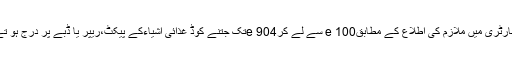
محققین کا کہنا ہے کہ ان کے فرانس کی پیگل لیبارٹری میں ملازم کی اطلاع کے مطابقe 100 سے لے کرe 904تک جتنے کوڈ غذائی اشیاءکے پیکٹ،ریپر یا ڈبے پر درج ہو تے ہیں ان سے مراد سور کی چربی ہی ہو تی ہے۔